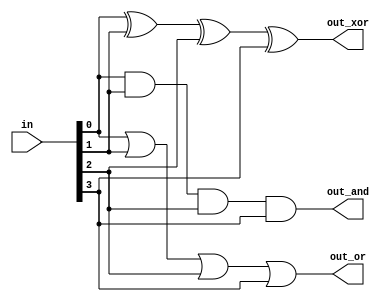
module top_module( 
    input [3:0] in,
    output out_and,
    output out_or,
    output out_xor
);
    assign out_and = in[0] & in[1] & in[2] & in[3];
    assign out_or = in[0] | in[1] | in[2] | in[3];
    assign out_xor = in[0] ^ in[1] ^ in[2] ^ in[3];
endmodule

/*
   
    assign out_and = &in;   // in    AND 
    assign out_or = |in;    // in    OR     
    assign out_xor = ^in;   // in    XOR 
*/